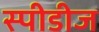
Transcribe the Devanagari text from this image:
स्पीडीज